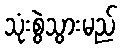
သုံးစွဲသွားမည်